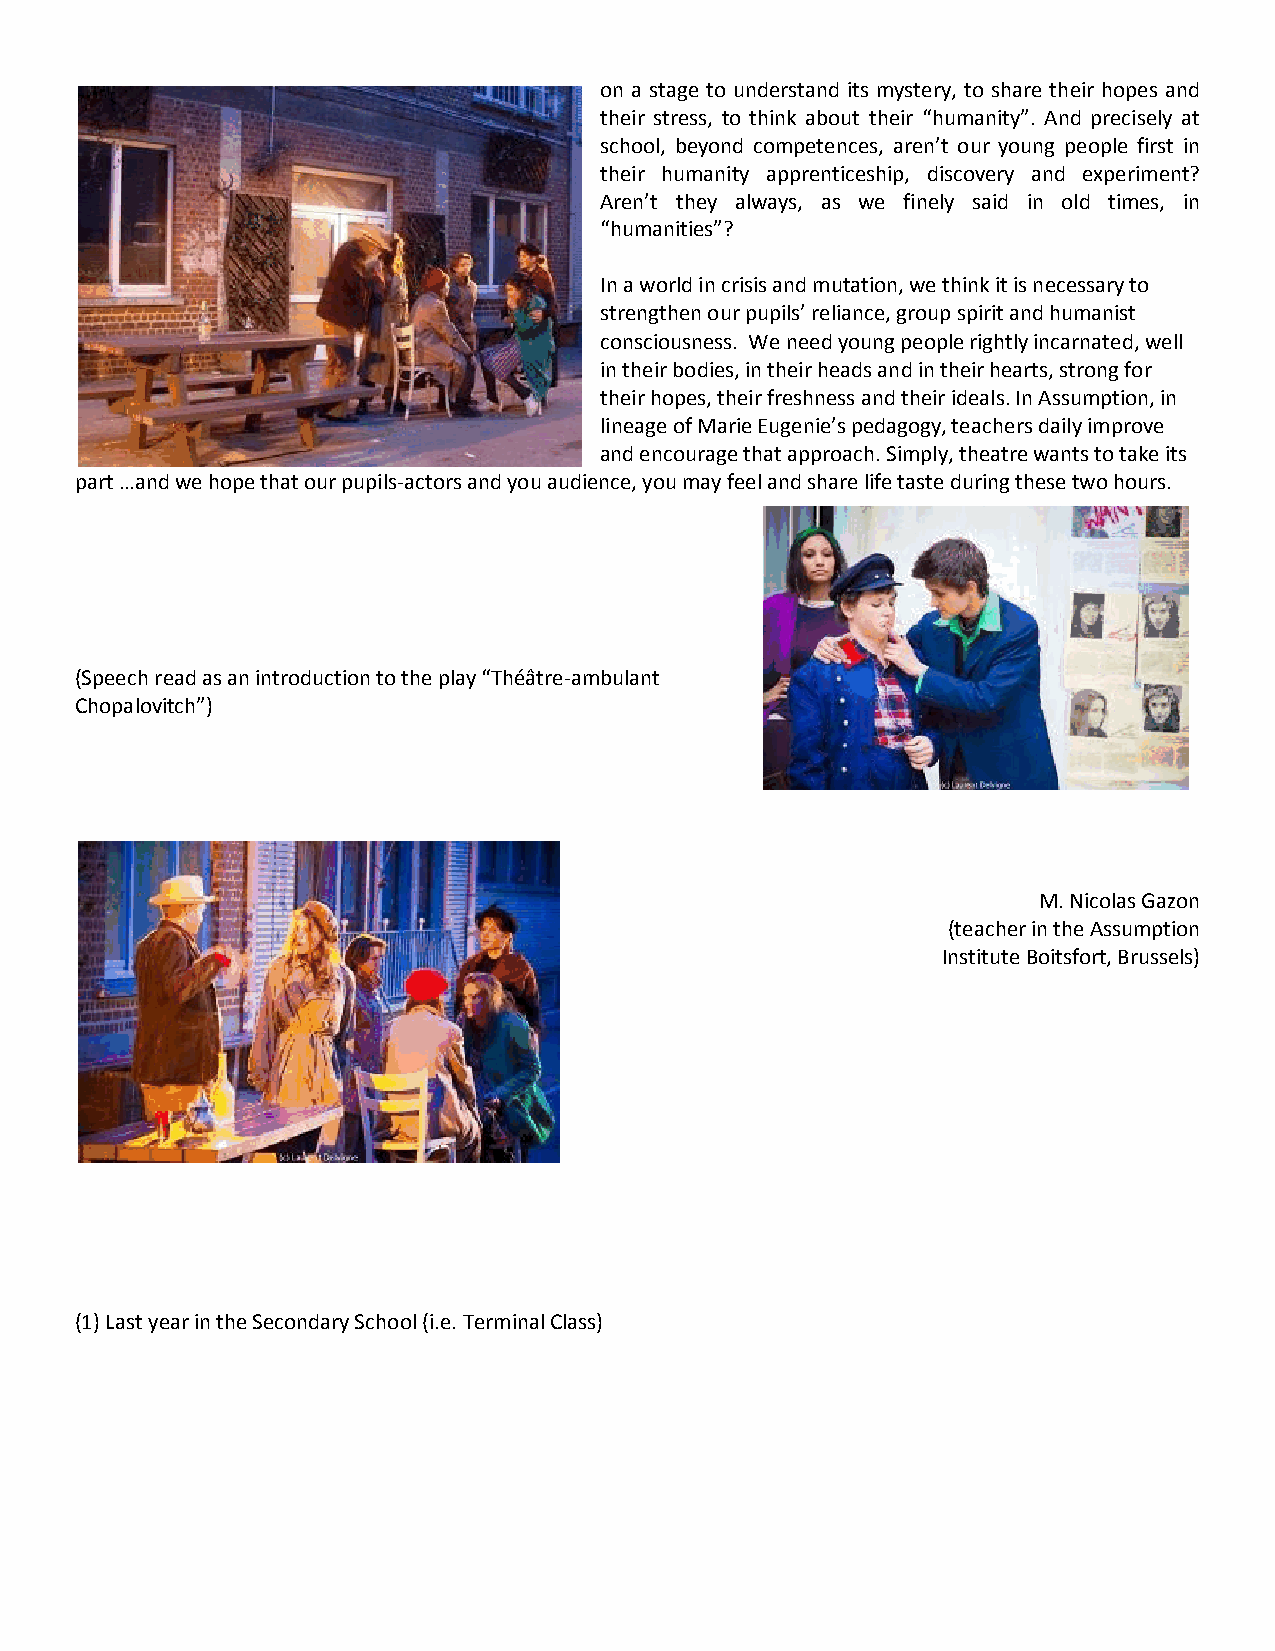
on a stage to understand its mystery, to share their hopes and
 their stress, to think about their “humanity”. And precisely at
 school, beyond competences, aren’t our young people first in
 their humanity apprenticeship, discovery and experiment?
 Aren’t they always, as we finely said in old times, in
 “humanities”?
 In a world in crisis and mutation, we think it is necessary to
 strengthen our pupils’ reliance, group spirit and humanist
 consciousness. We need young people rightly incarnated, well
 in their bodies, in their heads and in their hearts, strong for
 their hopes, their freshness and their ideals. In Assumption, in
 lineage of Marie Eugenie’s pedagogy, teachers daily improve
 and encourage that approach. Simply, theatre wants to take its
 part …and we hope that our pupils-actors and you audience, you may feel and share life taste during these two hours.
 (Speech read as an introduction to the play “Théâtre-ambulant
 Chopalovitch”)
 M. Nicolas Gazon
 (teacher in the Assumption
 Institute Boitsfort, Brussels)
 (1) Last year in the Secondary School (i.e. Terminal Class)